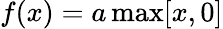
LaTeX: f(x)=a\, \mathrm{max}[x,0]